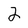
Character: 2